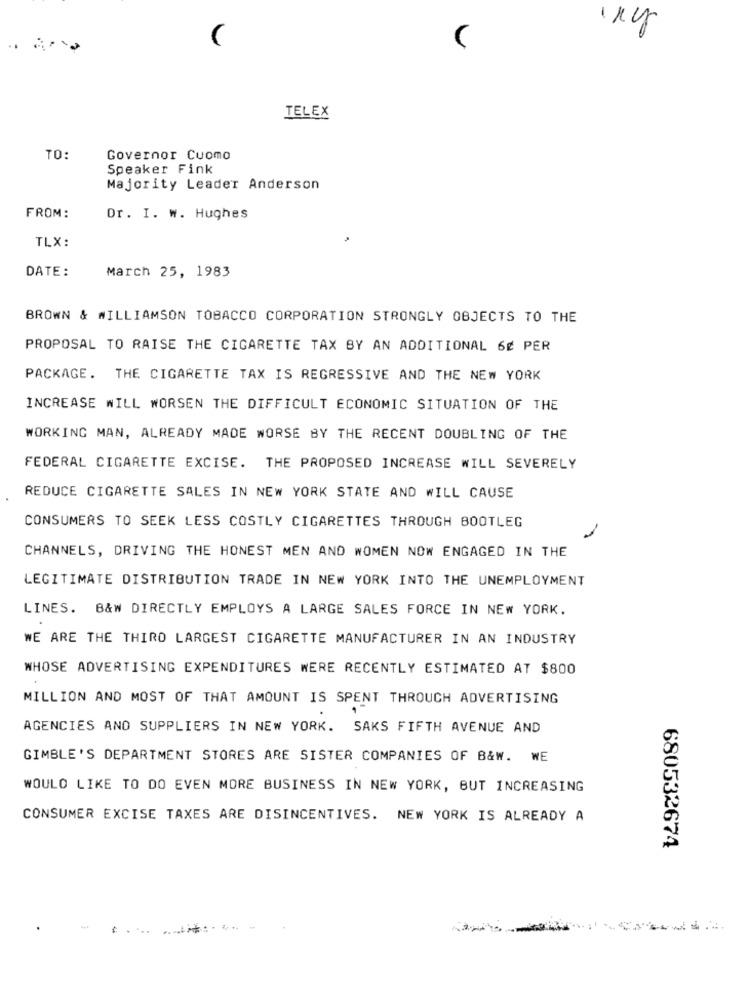
(
C
TELEX
TO:
Governor Cuomo
Speaker Fink
Majority Leader Anderson
FROM:
Dr. I. w. Hughes
TLX:
DATE:
March 25, 1983
BROWN & WILLIAMSON TOBACCO CORPORATION STRONGLY OBJECTS TO THE
PROPOSAL TO RAISE THE CIGARETTE TAX BY AN ADDITIONAL 6₡ PER
PACKAGE. THE CIGARETTE TAX IS REGRESSIVE AND THE NEW YORK
INCREASE WILL WORSEN THE DIFFICULT ECONOMIC SITUATION OF THE
WORKING MAN, ALREADY MADE WORSE BY THE RECENT DOUBLING OF THE
FEDERAL CIGARETTE EXCISE. THE PROPOSED INCREASE WILL SEVERELY
REDUCE CIGARETTE SALES IN NEW YORK STATE AND WILL CAUSE
CONSUMERS TO SEEK LESS COSTLY CIGARETTES THROUGH BOOTLEG
CHANNELS, DRIVING THE HONEST MEN AND WOMEN NOW ENGAGED IN THE
LEGITIMATE DISTRIBUTION TRADE IN NEW YORK INTO THE UNEMPLOYMENT
LINES. B&W DIRECTLY EMPLOYS A LARGE SALES FORCE IN NEW YORK.
WE ARE THE THIRD LARGEST CIGARETTE MANUFACTURER IN AN INDUSTRY
WHOSE ADVERTISING EXPENDITURES WERE RECENTLY ESTIMATED AT $800
MILLION AND MOST OF THAT AMOUNT IS SPENT THROUGH ADVERTISING
AGENCIES AND SUPPLIERS IN NEW YORK. SAKS FIFTH AVENUE AND
GIMBLE'S DEPARTMENT STORES ARE SISTER COMPANIES OF B&W. WE
WOULD LIKE TO DO EVEN MORE BUSINESS IN NEW YORK, BUT INCREASING
CONSUMER EXCISE TAXES ARE DISINCENTIVES. NEW YORK IS ALREADY A
680532674